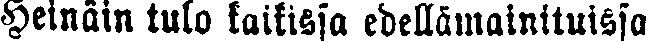
Heinäin tulo kaikissa edellämainituissa